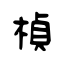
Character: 楨